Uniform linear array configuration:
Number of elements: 24
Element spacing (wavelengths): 0.5
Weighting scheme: binomial
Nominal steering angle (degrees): -45
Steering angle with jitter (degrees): -44.019
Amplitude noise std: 0.05
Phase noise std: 0.05

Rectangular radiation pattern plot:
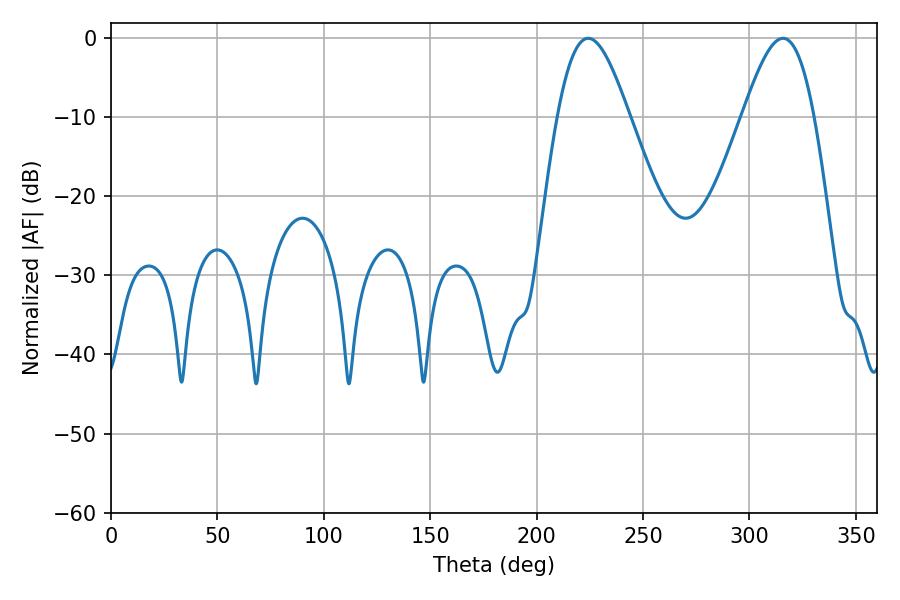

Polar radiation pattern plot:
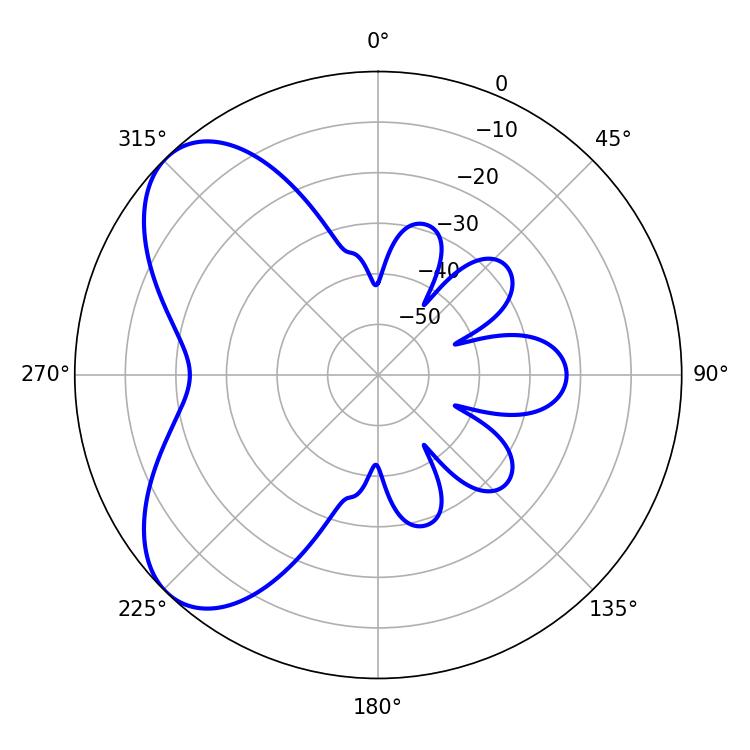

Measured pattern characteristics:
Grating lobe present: FALSE
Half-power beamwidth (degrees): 18
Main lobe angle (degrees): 224.28